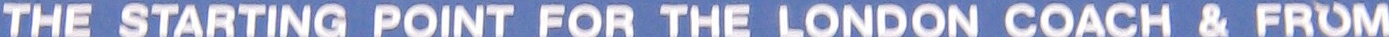
THE STARTING PIONT FOR THE LONDON COACH & FROM